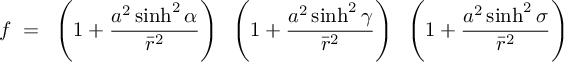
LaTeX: f ~ = ~ \left( 1 + \frac { a ^ { 2 } \sinh ^ { 2 } \alpha } { \bar { r } ^ { 2 } } \right) ~ \left( 1 + \frac { a ^ { 2 } \sinh ^ { 2 } \gamma } { \bar { r } ^ { 2 } } \right) ~ \left( 1 + \frac { a ^ { 2 } \sinh ^ { 2 } \sigma } { \bar { r } ^ { 2 } } \right)